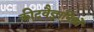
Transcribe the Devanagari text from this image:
कीटवैज्ञानिकों